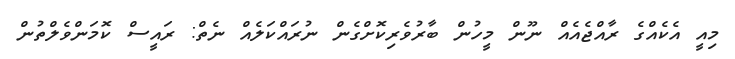
މިއީ އެކެއްގެ ރާއްޖެއެއް ނޫން މީހުން ބާރުވެރިކޮށްގެން ނުރައްކަލެއް ނެތް: ރައީސް ކޮމަންވެލްތުން